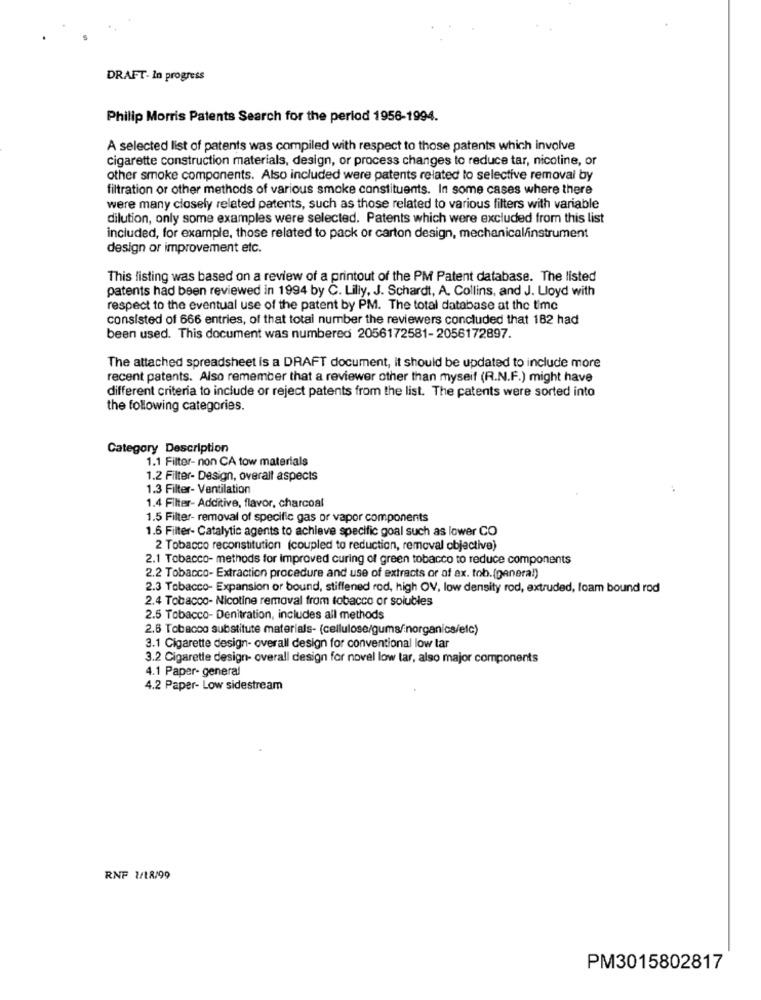
DRAFT- In progress
Philip Morris Patents Search for the period 1956-1994.
A selected list of patents was compiled with respect to those patents which involve
cigarette construction materials, design, or process changes to reduce tar, nicotine, or
other smoke components. Also included were patents related to selective removal by
filtration or other methods of various smoke constituents. In some cases where there
were many closely related patents, such as those related to various filters with variable
dilution, only some examples were selected. Patents which were excluded from this list
included, for example, those related to pack or carton design, mechanical/instrument
design or improvement etc.
This listing was based on a review of a printout of the PM Patent database. The listed
patents had been reviewed in 1994 by C. Lilly, J. Schardt, A. Collins, and J. Lloyd with
respect to the eventual use of the patent by PM. The total database at the time
consisted of 666 entries, of that total number the reviewers concluded that 182 had
been used. This document was numbered 2056172581-2056172897.
The attached spreadsheet is a DRAFT document, it should be updated to include more
recent patents. Also remember that a reviewer other than myseif (R.N.F.) might have
different criteria to include or reject patents from the list. The patents were sorted into
the following categories.
Category Description
1.1 Filter- non CA tow materials
1.2 Filter- Design, overalt aspects
1.3 Filter- Ventilation
1.4 Filter- Additive, flavor, charcoal
1.5 Filter- removal of specific gas or vapor components
1.6 Filter- Catalytic agents to achieve specific goal such as lower CO
2 Tobacco reconstitution (coupled to reduction, removal objective)
2.1 Tobacco- methods for improved curing of green tobacco to reduce components
2.2 Tobacco- Extraction procedure and use of extracts or of ax. tob.(general)
2.3 Tobacco- Expansion or bound, stiffened rod, high OV, low density rod, extruded, foam bound rod
2.4 Tobacco- Nicotine removal from tobacco or solubles
2.5 Tobacco- Denitration, includes all methods
2.6 Tobacco substitute materials- (cellulose/guma/inorganics/elc)
3.1 Cigarette design- overall design for conventional low tar
3.2 Cigarette design- overall design for novel low tar, also major components
4.1 Paper- general
4.2 Paper- Low sidestream
RNF 1/18/99
PM3015802817